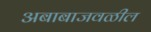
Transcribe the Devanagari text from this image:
अबाबाजवळील